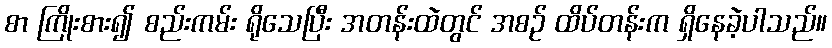
စာ ကြိုးစား၍ စည်းကမ်း ရိုသေပြီး အတန်းထဲတွင် အစဉ် ထိပ်တန်းက ရှိနေခဲ့ပါသည်။